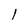
Character: 1